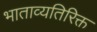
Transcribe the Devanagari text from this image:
भाताव्यतिरिक्त